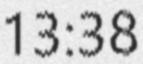
13:38